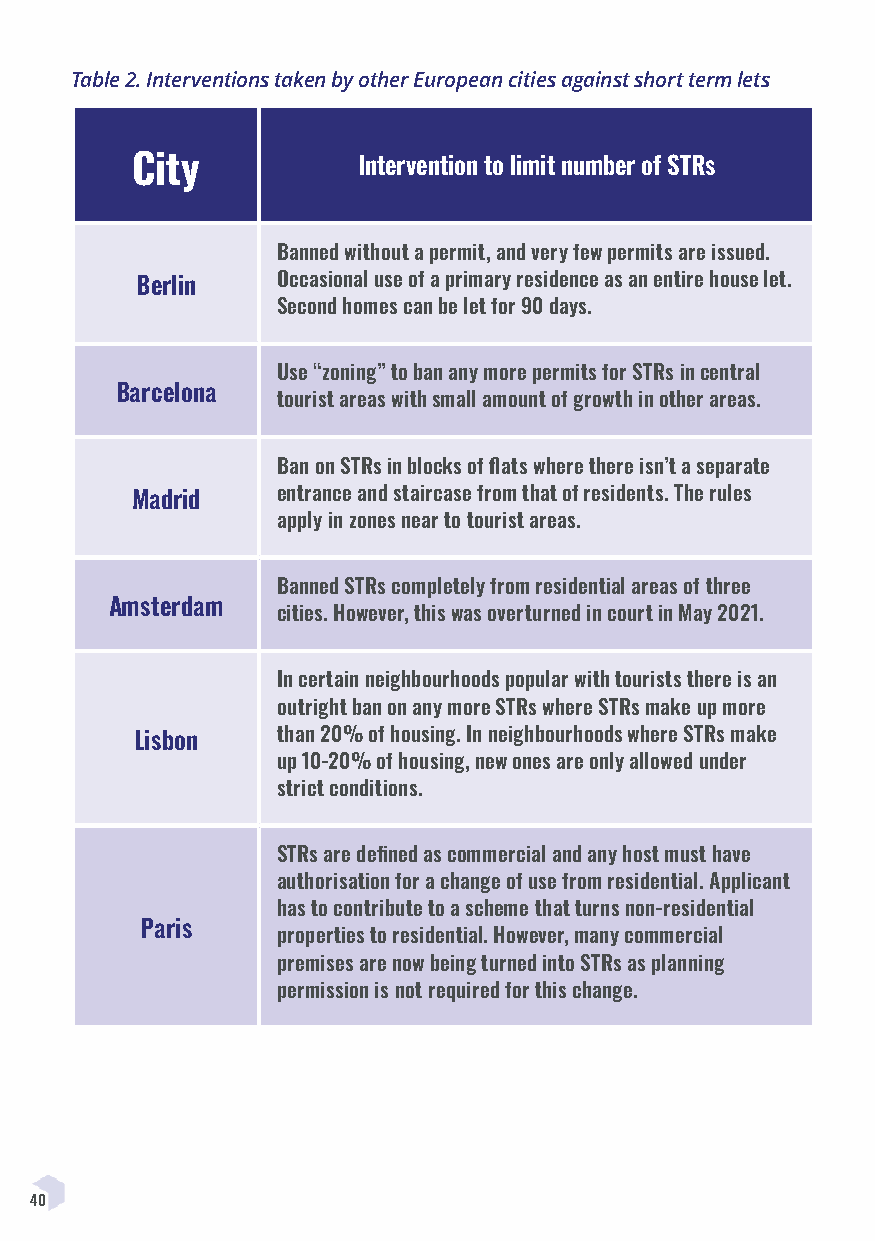
Table 2. Interventions taken by other European cities against short term lets
 City           Intervention to limit number of STRs
 Banned without a permit, and very few permits are issued.
 Berlin   Occasional use of a primary residence as an entire house let.
 Second homes can be let for 90 days.
 Use “zoning” to ban any more permits for STRs in central
 Barcelona
 tourist areas with small amount of growth in other areas.
 Ban on STRs in blocks of flats where there isn’t a separate
 Madrid   entrance and staircase from that of residents. The rules
 apply in zones near to tourist areas.
 Banned STRs completely from residential areas of three
 Amsterdam
 cities. However, this was overturned in court in May 2021.
 In certain neighbourhoods popular with tourists there is an
 outright ban on any more STRs where STRs make up more
 Lisbon   than 20% of housing. In neighbourhoods where STRs make
 up 10-20% of housing, new ones are only allowed under
 strict conditions.
 STRs are defined as commercial and any host must have
 authorisation for a change of use from residential. Applicant
 has to contribute to a scheme that turns non-residential
 Paris
 properties to residential. However, many commercial
 premises are now being turned into STRs as planning
 permission is not required for this change.
 40